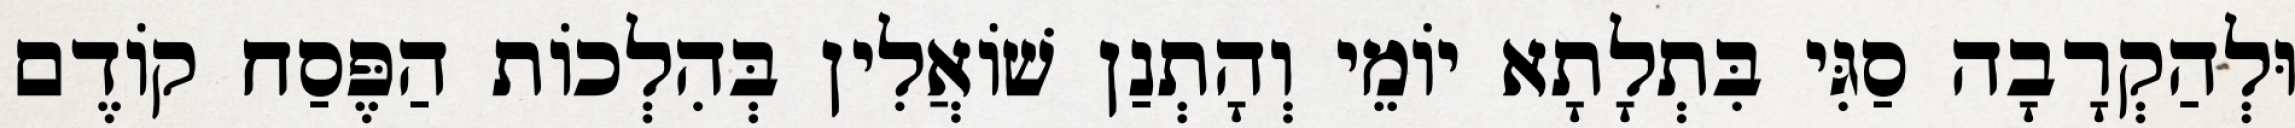
וּלְהַקְרָבָה סַגִּי בִּתְלָתָא יוֹמֵי וְהָתְנַן שׁוֹאֲלִין בְּהִלְכוֹת הַפֶּסַח קוֹדֶם